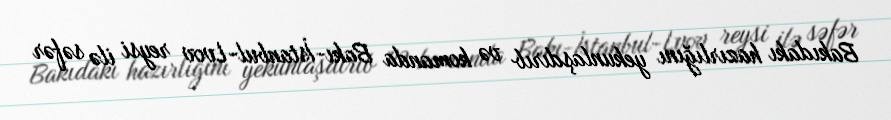
Bakıdakı hazırlığını yekunlaşdırıb və komanda Bakı-İstanbul-Lvov reysi ilə səfər